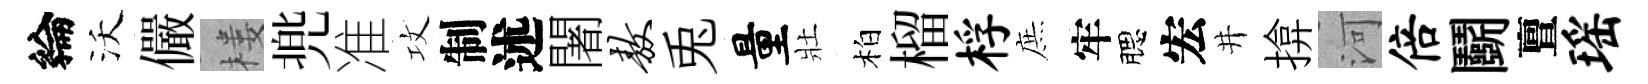
綸沃儼楼兠准攻制述闍敖兎量壯柏榴桴庶牢腮宏井揜河倍鬬亶瑶